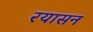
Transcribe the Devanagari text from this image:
रयासन